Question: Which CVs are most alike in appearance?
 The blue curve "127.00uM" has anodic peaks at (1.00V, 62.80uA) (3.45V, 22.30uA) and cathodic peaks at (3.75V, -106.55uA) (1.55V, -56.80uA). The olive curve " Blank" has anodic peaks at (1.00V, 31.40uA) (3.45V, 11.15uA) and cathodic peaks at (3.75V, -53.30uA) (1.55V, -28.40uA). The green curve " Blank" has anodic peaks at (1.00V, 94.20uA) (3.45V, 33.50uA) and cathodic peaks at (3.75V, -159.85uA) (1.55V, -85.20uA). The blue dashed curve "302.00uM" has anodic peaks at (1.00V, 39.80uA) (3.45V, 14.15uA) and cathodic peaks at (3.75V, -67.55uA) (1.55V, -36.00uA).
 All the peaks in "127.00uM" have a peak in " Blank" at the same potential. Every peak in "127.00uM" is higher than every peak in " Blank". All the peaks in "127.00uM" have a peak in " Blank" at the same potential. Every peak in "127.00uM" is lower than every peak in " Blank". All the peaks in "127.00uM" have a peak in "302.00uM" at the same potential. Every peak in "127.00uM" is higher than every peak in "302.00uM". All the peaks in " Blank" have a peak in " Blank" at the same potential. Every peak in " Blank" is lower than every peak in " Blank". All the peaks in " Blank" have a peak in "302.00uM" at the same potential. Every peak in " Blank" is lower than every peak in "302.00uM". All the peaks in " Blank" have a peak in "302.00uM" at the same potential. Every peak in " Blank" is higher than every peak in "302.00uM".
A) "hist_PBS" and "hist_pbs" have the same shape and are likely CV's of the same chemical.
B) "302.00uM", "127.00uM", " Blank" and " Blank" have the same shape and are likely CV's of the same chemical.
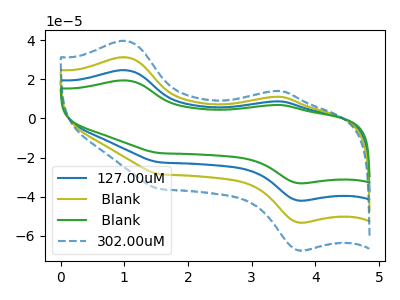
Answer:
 <answer>B) "302.00uM", "127.00uM", " Blank" and " Blank" have the same shape and are likely CV's of the same chemical.</answer>
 <eval>B</eval>